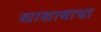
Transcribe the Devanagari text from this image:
खाशाबाचा